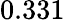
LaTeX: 0.331